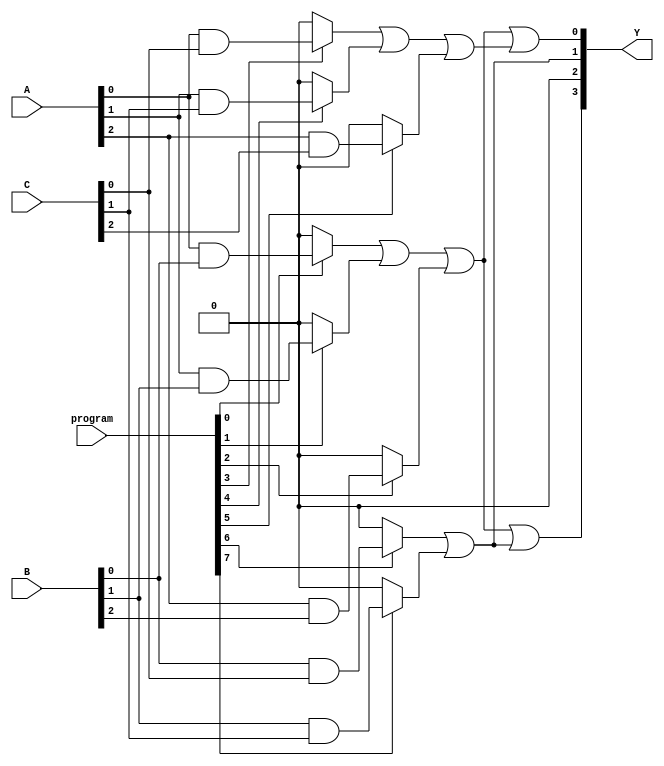
module SPAL (
    input wire [2:0] A,       // Inputs (A[0], A[1], A[2])
    input wire [2:0] B,       // Inputs (B[0], B[1], B[2])
    input wire [2:0] C,       // Inputs (C[0], C[1], C[2])
    input wire [7:0] program, // Programming input to configure AND gates
    output wire [3:0] Y       // Outputs (Y[0], Y[1], Y[2], Y[3])
);

    // AND gates outputs
    wire and_out[0:3]; // Assuming 4 AND gates

    // Programmable AND array
    assign and_out[0] = (program[0] ? (A[0] & B[0]) : 1'b0) |
                         (program[1] ? (A[1] & B[1]) : 1'b0) |
                         (program[2] ? (A[2] & B[2]) : 1'b0);

    assign and_out[1] = (program[3] ? (A[0] & C[0]) : 1'b0) |
                         (program[4] ? (A[1] & C[1]) : 1'b0) |
                         (program[5] ? (A[2] & C[2]) : 1'b0);

    assign and_out[2] = (program[6] ? (B[0] & C[0]) : 1'b0) |
                         (program[7] ? (B[1] & C[1]) : 1'b0);

    assign and_out[3] = (program[8] ? (A[0] & B[0] & C[0]) : 1'b0);

    // Fixed OR array
    assign Y[0] = and_out[0] | and_out[1];
    assign Y[1] = and_out[2];
    assign Y[2] = and_out[3];
    assign Y[3] = and_out[0] | and_out[2]; // Example of combining outputs

endmodule